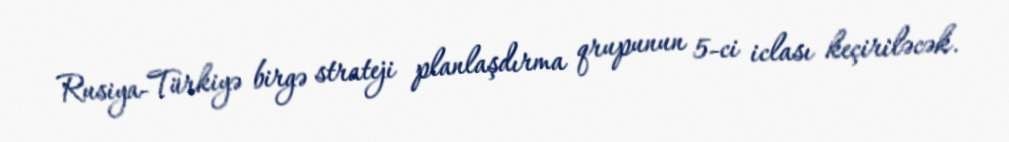
Rusiya-Türkiyə birgə strateji planlaşdırma qrupunun 5-ci iclası keçiriləcək.